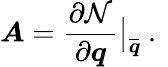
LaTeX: \boldsymbol{A}=\frac{\partial\mathcal{N}}{\partial\boldsymbol{q}}\big|_{\overline{{\boldsymbol{q}}}}\mathrm{~.~}